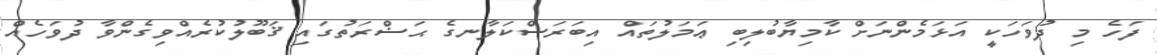
ފަހެ މި ދުވަހަކީ އަޅަމެންނަށް ކާމިޔާބުލިބި ޢަމަލުތައް އިބަރަސްކަލާނގެ ޙަޟްރަތުގައި ޤަބޫލުކުރެއްވިގެންވާ ދުވަހެއް